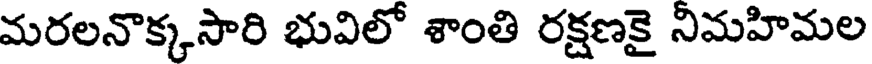
మరలనొక్కసారి భువిలో శాంతి రక్షణకై నిమహిమల